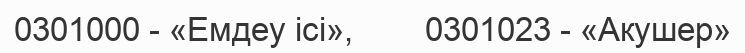
0301000 - «Емдеу ісі»,        0301023 - «Акушер»